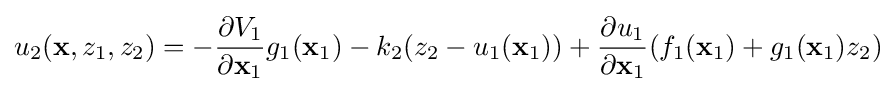
u_{2}(\mathbf {x} ,z_{1},z_{2})=-{\frac {\partial V_{1}}{\partial \mathbf {x} _{1}}}g_{1}(\mathbf {x} _{1})-k_{2}(z_{2}-u_{1}(\mathbf {x} _{1}))+{\frac {\partial u_{1}}{\partial \mathbf {x} _{1}}}(f_{1}(\mathbf {x} _{1})+g_{1}(\mathbf {x} _{1})z_{2})